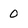
Character: 0